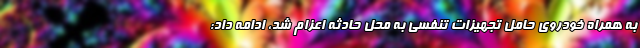
به همراه خودروی حامل تجهیزات تنفسی به محل حادثه اعزام شد، ادامه داد: